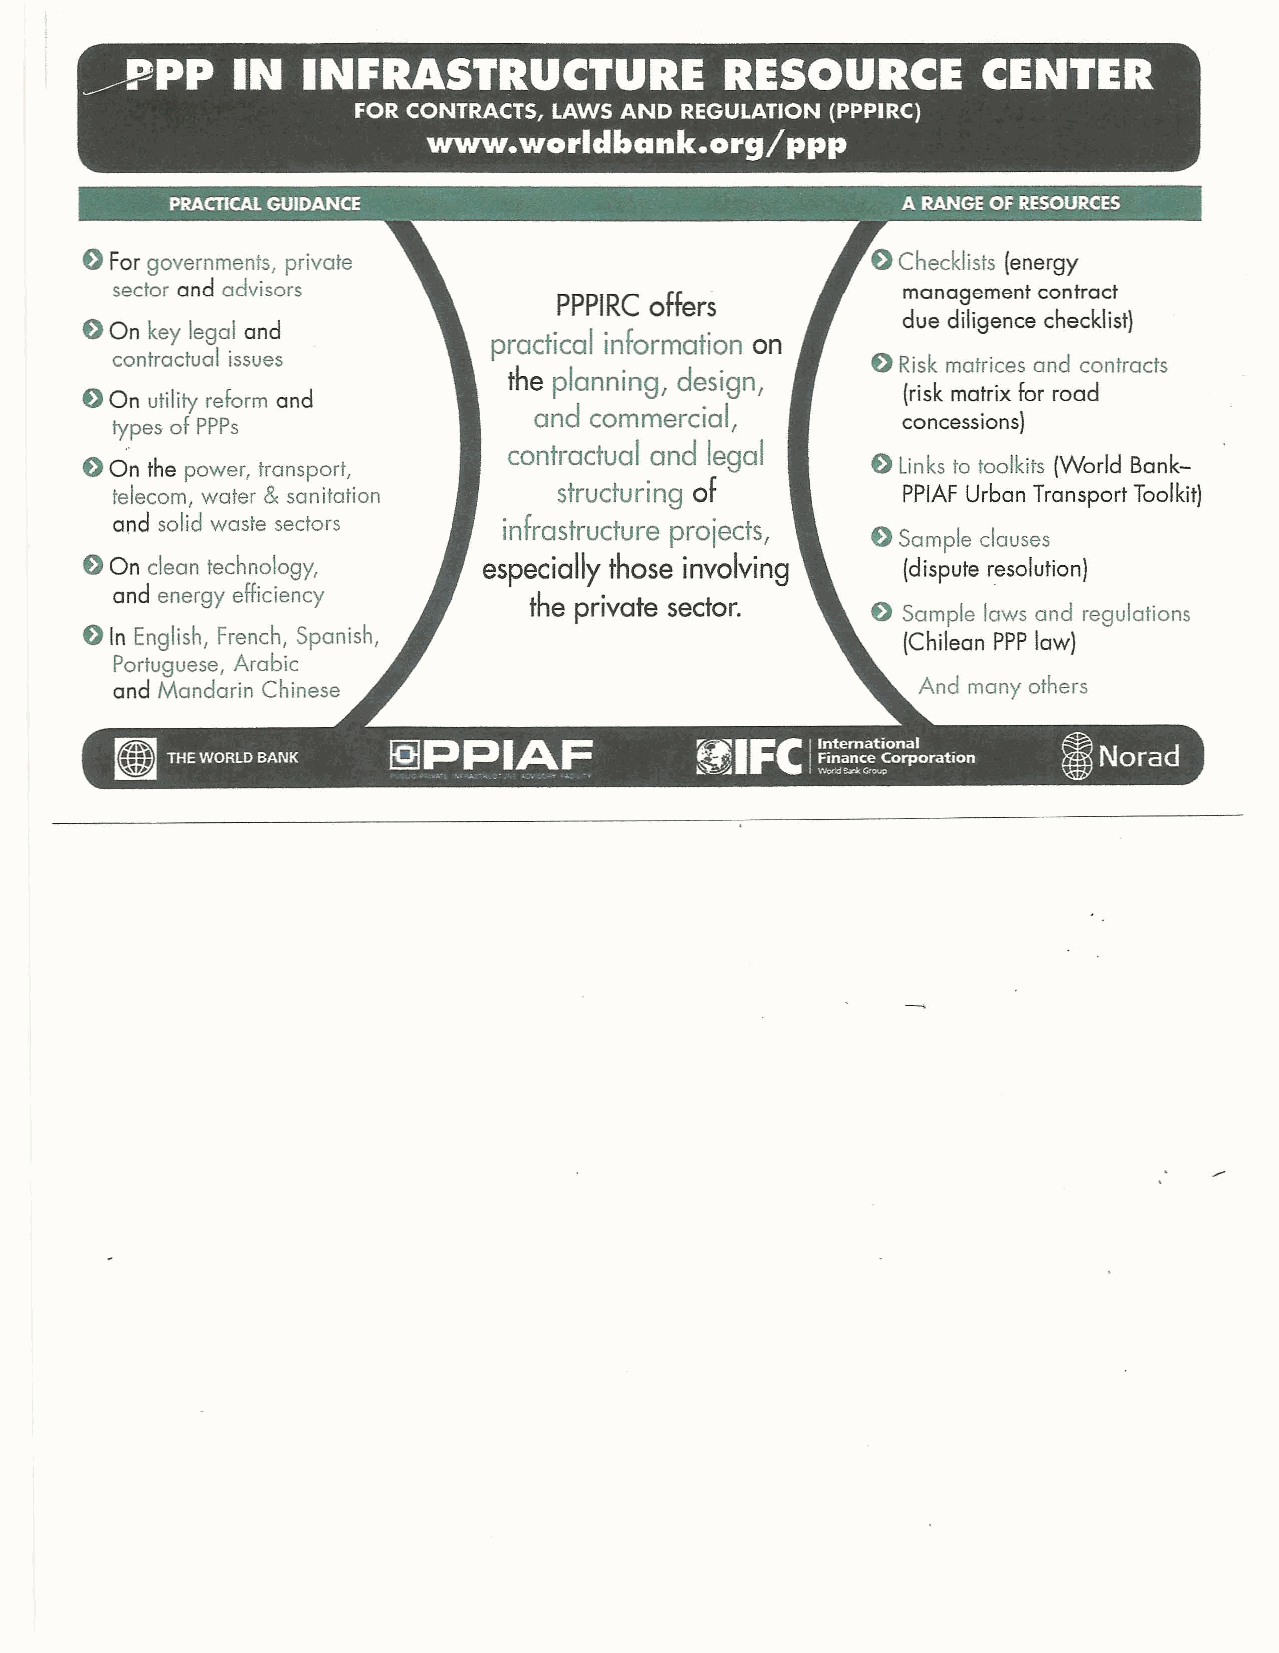
f) Forgovernments, private                           f) Checklists (energy
 sector and advisors                                  management contract
 PPPIRC offers
 due diligence checklist)
 f) On key legal and
 practical information on
 contractual issues                                 f) Riskmatrices and contracts
 the planning, design,
 f) On utility reform and                               (risk matrix for road
 types of PPPs               and commercial,          concessions)
 contractual and legal
 f) On the power, transport,                          f) Linksto toolkits (World Bank
 telecom, water &sanitation    structuring of         PPIAF Urban TransportToolkit)
 and solid waste sectors   infrastructure projects,
 f) Sample clauses
 f) On clean technology,    especially those involving  [dispute resolution)
 and energy efficiency
 the private sector.
 f) Sample laws and regulations
 f) In English, French, Spanish,                        (Chilean PPP law)
 Portuguese, Arabic
 and Mandarin Chinese                                 And many others